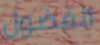
الفضول